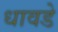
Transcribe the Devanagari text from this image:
धावडे